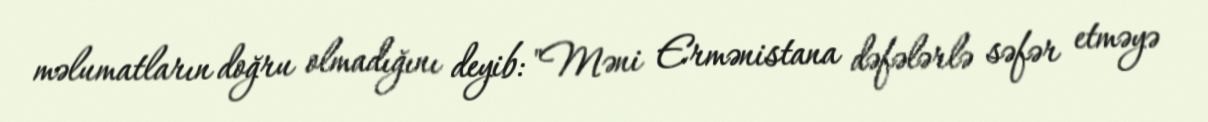
məlumatların doğru olmadığını deyib: "Məni Ermənistana dəfələrlə səfər etməyə